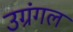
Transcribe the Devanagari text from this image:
उग्रंंगल